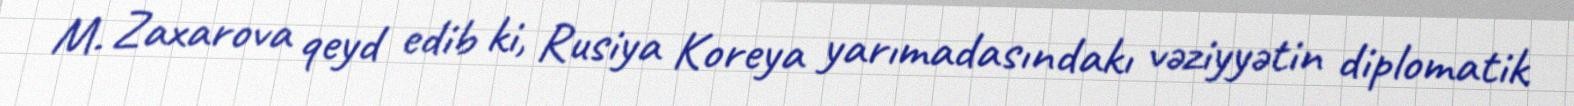
M. Zaxarova qeyd edib ki, Rusiya Koreya yarımadasındakı vəziyyətin diplomatik